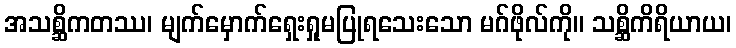
အသစ္ဆိကတဿ၊ မျက်မှောက်ရှေးရှုမပြုရသေးသော မဂ်ဖိုလ်ကို။ သစ္ဆိကိရိယာယ၊